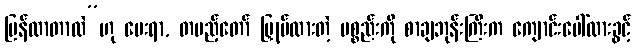
ပြန်လာတာလဲ”ဟု မေးရာ, တပည့်တော် မြှုပ်ထားတဲ့ ပစ္စည်းကို စာချဘုန်းကြီးက ကျောင်းပေါ်ထားခွင့်